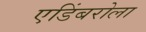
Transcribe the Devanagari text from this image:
एडिंबरोला